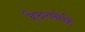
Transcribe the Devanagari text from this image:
हैदरानेहि